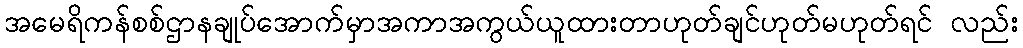
အမေရိကန်စစ်ဌာနချုပ်အောက်မှာအကာအကွယ်ယူထားတာဟုတ်ချင်ဟုတ်မဟုတ်ရင် လည်း